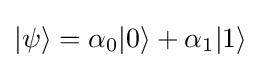
|\psi \rangle =\alpha _{0}|0\rangle +\alpha _{1}|1\rangle